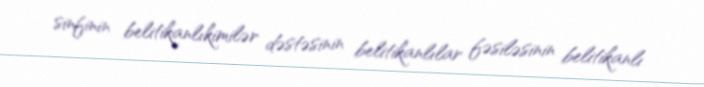
sinfinin belitikanlıkimilər dəstəsinin belitikanlılar fəsiləsinin belitikanlı